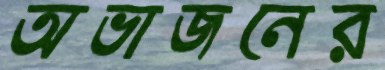
অভাজনের